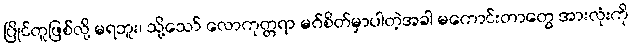
ပြိုင်တူဖြစ်လို့ မရဘူး၊ သို့သော် လောကုတ္တရာ မဂ်စိတ်မှာပါတဲ့အခါ မကောင်းတာတွေ အားလုံးကို